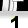
Digit: 1